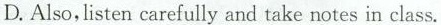
D.Also, listen carefully and take notes in class.